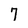
Character: 7